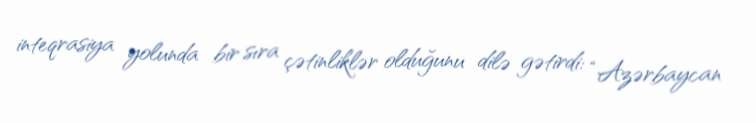
inteqrasiya yolunda bir sıra çətinliklər olduğunu dilə gətirdi: “Azərbaycan